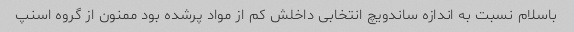
باسلام نسبت به اندازه ساندویچ انتخابی داخلش کم از مواد پرشده بود ممنون از گروه اسنپ